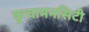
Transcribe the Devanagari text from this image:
कुचामनसिटी